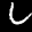
Digit: 6